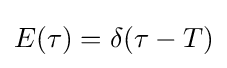
E(\tau )=\delta (\tau -T)